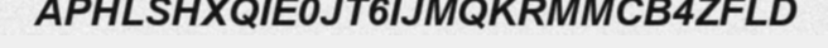
APHLSHXQIE0JT6IJMQKRMMCB4ZFLD